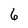
Character: 6